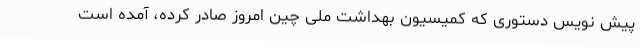
پیش نویس دستوری که کمیسیون بهداشت ملی چین امروز صادر کرده، آمده است